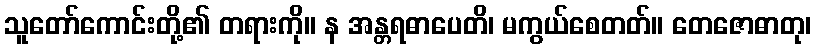
သူတော်ကောင်းတို့၏ တရားကို။ န အန္တရဓာပေတိ၊ မကွယ်စေတတ်။ တေဇောဓာတု၊